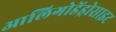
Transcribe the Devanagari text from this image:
आलिगोडेंड्रोसाइट